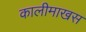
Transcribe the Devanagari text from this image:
कालीमाखस